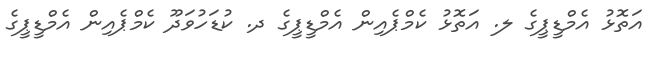
އަތޮޅު އެމްޑީޕީގެ ލ. އަތޮޅު ކެމްޕެއިން އެމްޑީޕީގެ ދ. ކުޑަހުވަދޫ ކެމްޕެއިން އެމްޑީޕީގެ